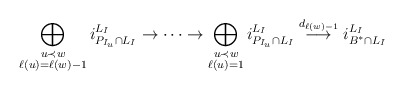
\begin{align*}\bigoplus_{\substack{u\prec w\\ \ell(u)=\ell(w)-1}}i_{P_{I_u}\cap L_I}^{L_I}\to\cdots \to \bigoplus_{\substack{u\prec w\\ \ell(u)=1}}i_{P_{I_{u}}\cap L_I}^{L_I}\overset{d_{\ell(w)-1}}{\longrightarrow} i_{B^*\cap L_I}^{L_I}\end{align*}